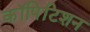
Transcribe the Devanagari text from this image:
कॉपिटिशन